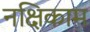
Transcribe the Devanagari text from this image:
नक्षिकाम